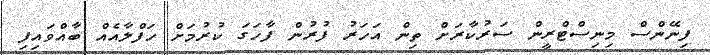
ފިނޭންސް މިނިސްޓްރީން ސަރުކާރަށް ތިން އަހަރު ފުރުން ފާހަގަ ކުރުމަށް ހަފްލާއެއް ބާއްވައިފި